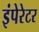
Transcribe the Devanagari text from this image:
इंपेरेटर